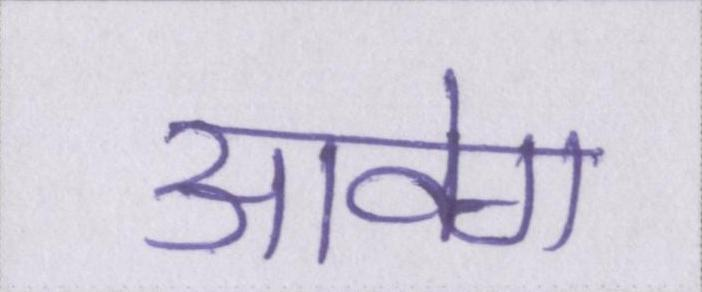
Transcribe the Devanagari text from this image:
आवेग